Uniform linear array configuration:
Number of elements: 8
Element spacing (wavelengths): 1
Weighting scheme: blackman
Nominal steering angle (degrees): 15
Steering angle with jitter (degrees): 15.163
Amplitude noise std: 0.05
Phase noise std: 0.05

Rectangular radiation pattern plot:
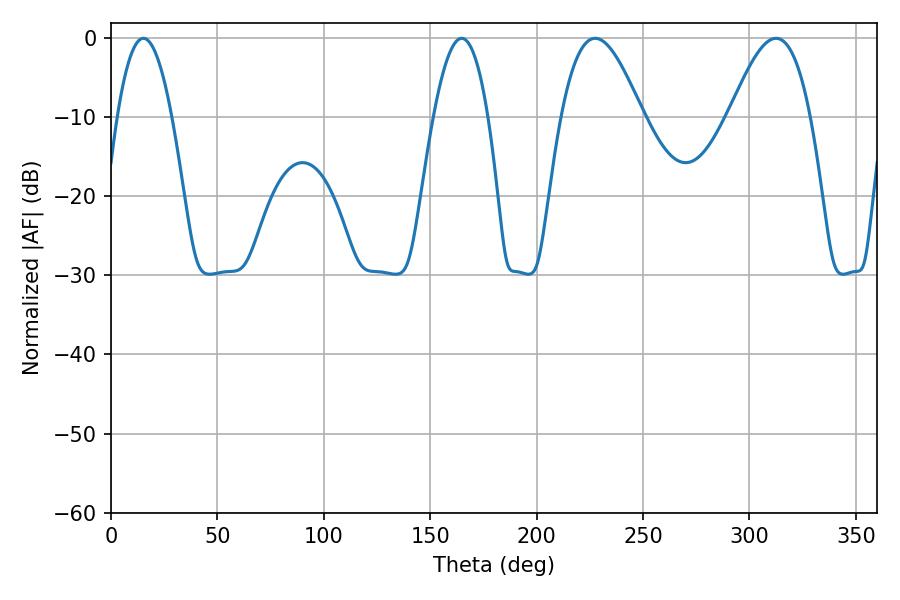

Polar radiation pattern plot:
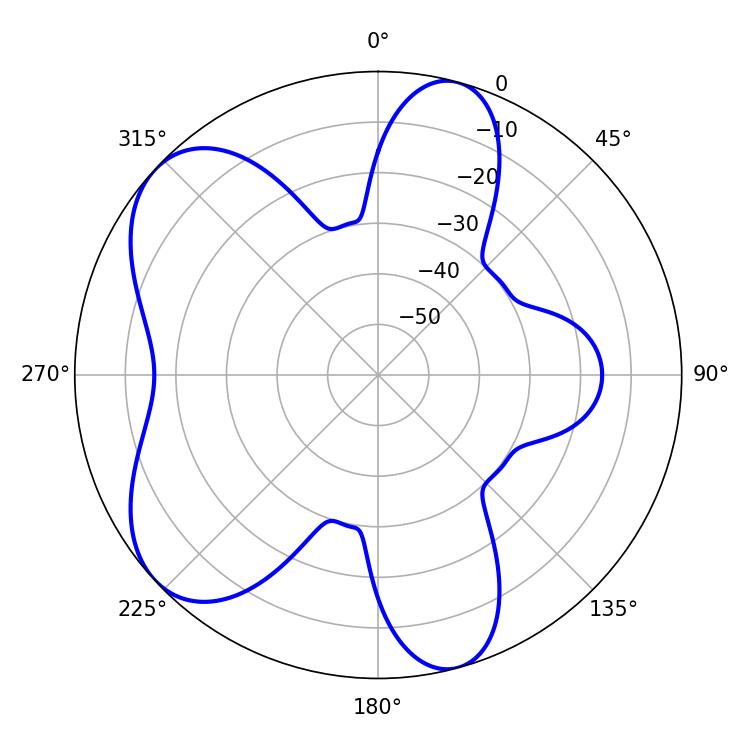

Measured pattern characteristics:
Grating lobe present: TRUE
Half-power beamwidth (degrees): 20.7
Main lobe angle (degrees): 227.52